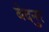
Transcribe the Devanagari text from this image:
बेदनुर